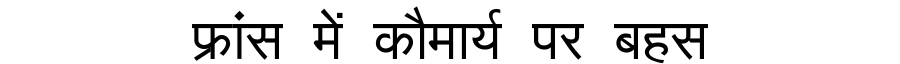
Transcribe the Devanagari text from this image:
फ्रांस में कौमार्य पर बहस